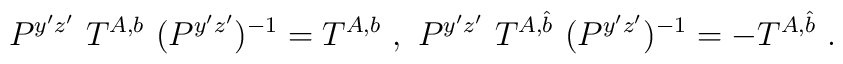
P^{y'z'}~T^{A, b}~(P^{y'z'})^{-1}= T^{A, b} ~,~ P^{y'z'}~T^{A, \hat b}~(P^{y'z'})^{-1}= - T^{A, \hat b}~.~\,